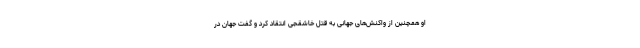
او همچنین از واکنش‌های جهانی به قتل خاشقجی انتقاد کرد و گفت جهان در